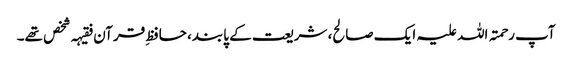
آپ رحمتہ اللہ علیہ ایک صالح، شریعت کے پابند، حافظِ قرآن فقیہہ شخص تھے۔